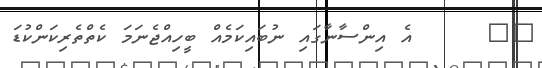
٢٠     އެ އިންސާނާގައި ނުބައިކަމެއް ބީހިއްޖެނަމަ ކެތްތެރިކަންކުޑަ